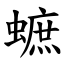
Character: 蟅